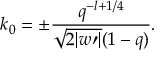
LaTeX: k _ { 0 } = \pm \frac { q ^ { - l + 1 / 4 } } { \sqrt { 2 | w \prime | } ( 1 - q ) } .